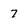
Character: 7